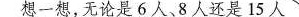
想一想，无论是6人、8人还是15人